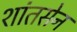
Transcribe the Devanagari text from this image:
शांतसेन